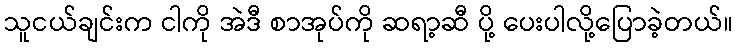
သူငယ်ချင်းက ငါကို အဲဒီ စာအုပ်ကို ဆရာ့ဆီ ပို့ ပေးပါလို့ပြောခဲ့တယ်။